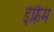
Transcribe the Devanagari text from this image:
इफ्रैम